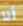
أنا